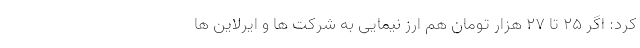
کرد: اگر ۲۵ تا ۲۷ هزار تومان هم ارز نیمایی به شرکت ها و ایرلاین ها